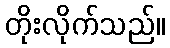
တိုးလိုက်သည်။